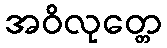
အဝိလုတ္တေ